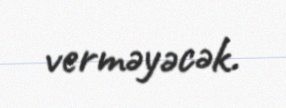
verməyəcək.